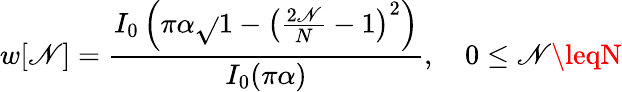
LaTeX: w[\mathscr{N}]={\frac{{I_{0}\left(\pi\alpha{\sqrt{}{{1-\left({\frac{{2\mathscr{N}}}{{N}}}-1\right)^{2}}}}\right)}}{{I_{0}(\pi\alpha)}}},\quad0\leq\mathscr{N}\leqN